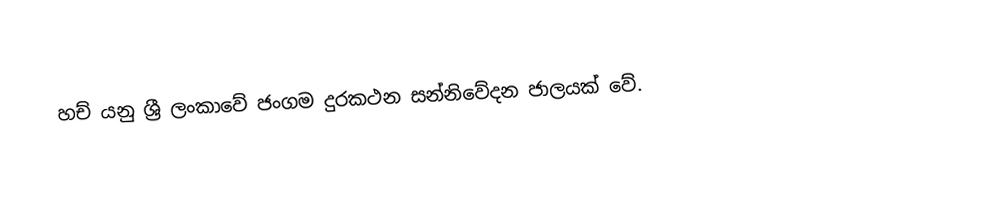
හච් යනු ශ්‍රී ලංකාවේ ජංගම දුරකථන සන්නිවේදන ජාලයක් වේ.